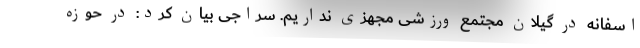
اسفانه در گیلان مجتمع ورزشی مجهزی نداریم. سراجی بیان کرد: در حوزه